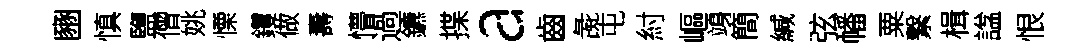
豳慎鹽僧姚慄钁做夀懵過鑣揲a齒彘屯紂嶇竧簡緘弦幡粟繋楫諡恨